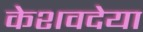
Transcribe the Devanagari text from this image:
केशवदेया